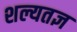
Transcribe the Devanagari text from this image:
शल्यतज्ञ